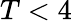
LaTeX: T<4